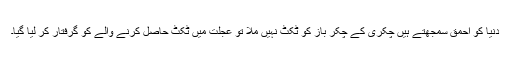
دنیا کو احمق سمجھتے ہیں چکری کے چکر باز کو ٹکٹ نہیں ملا تو عجلت میں ٹکٹ حاصل کرنے والے کو گرفتار کر لیا گیا۔